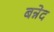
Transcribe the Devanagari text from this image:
बन्नेद